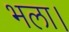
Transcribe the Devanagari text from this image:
भला।